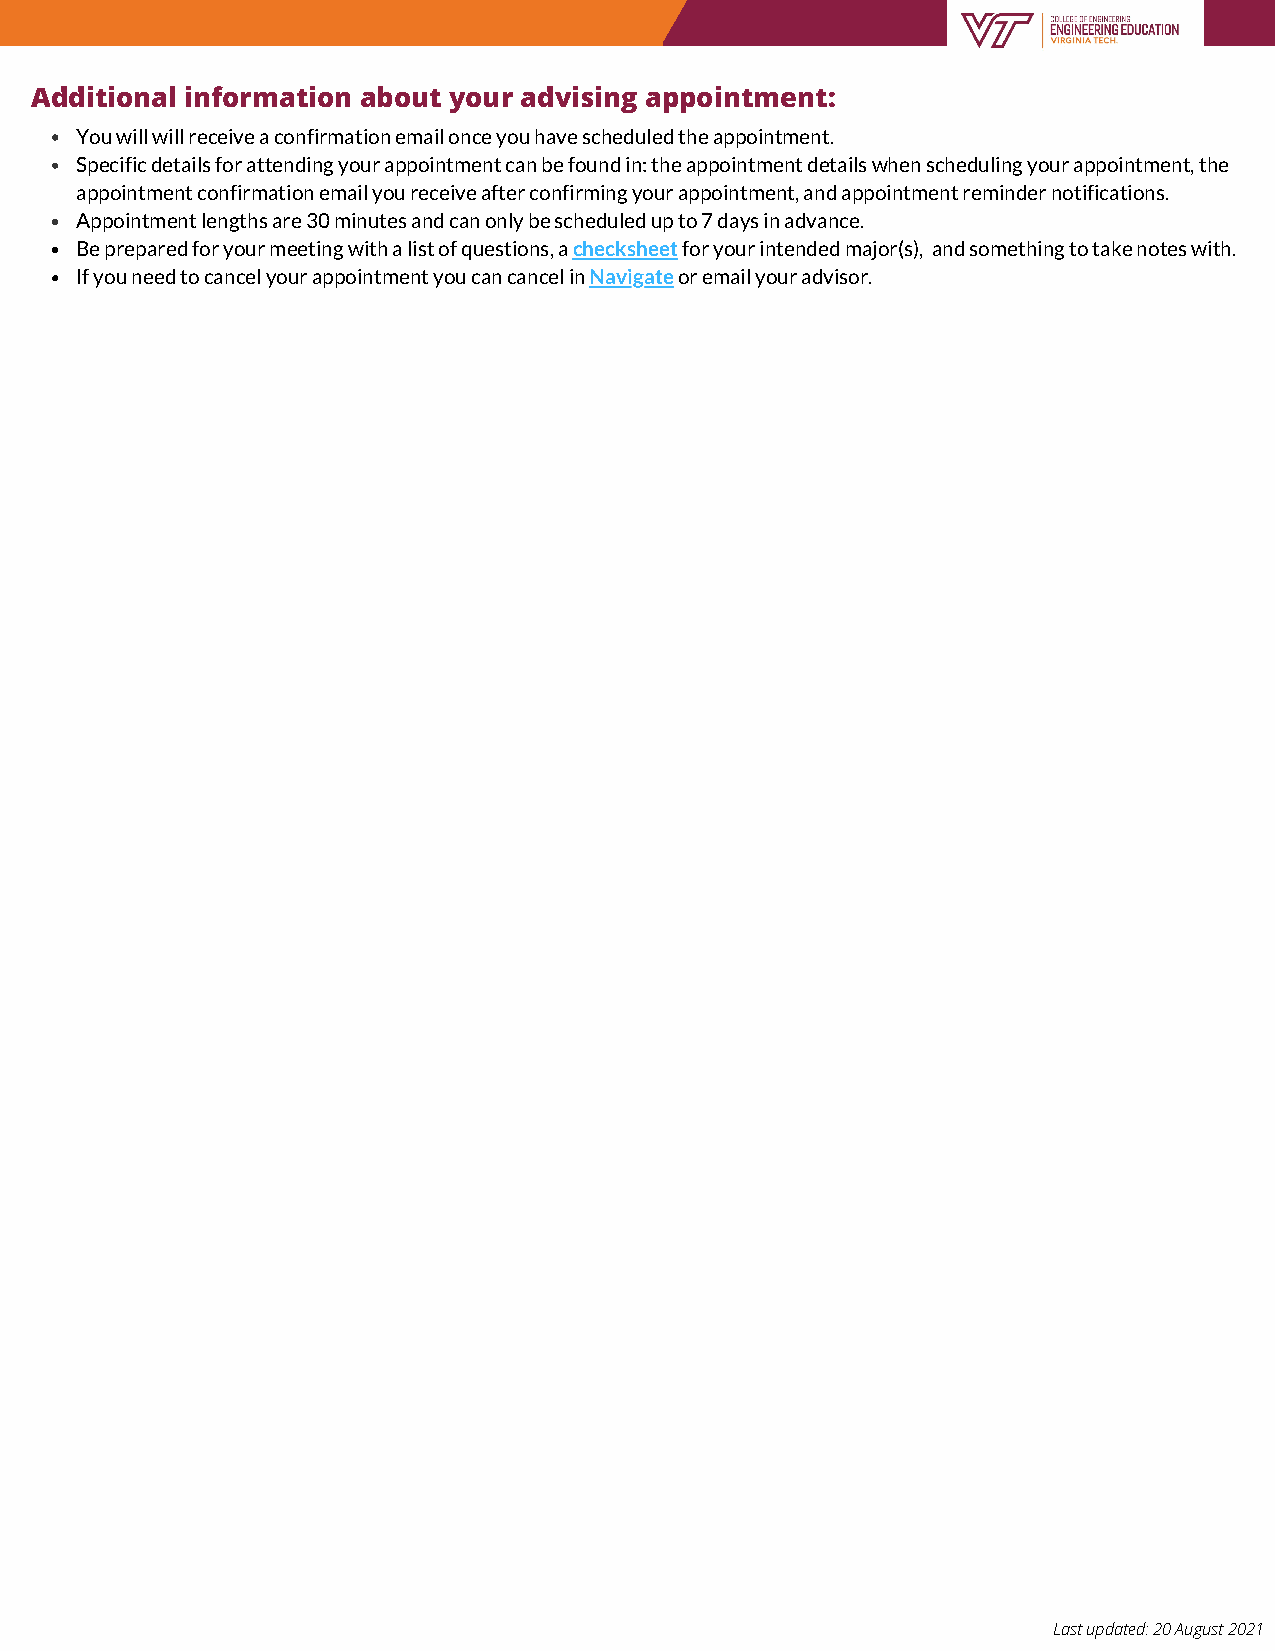
Additional information about your advising appointment:
 You will will receive a confirmation email once you have scheduled the appointment.
 Specific details for attending your appointment can be found in: the appointment details when scheduling your appointment, the
 appointment confirmation email you receive after confirming your appointment, and appointment reminder notifications.
 Appointment lengths are 30 minutes and can only be scheduled up to 7 days in advance.
 Be prepared for your meeting with a list of questions, a checksheet for your intended major(s), and something to take notes with.
 If you need to cancel your appointment you can cancel in Navigate or email your advisor.
 Last updated: 20 August 2021